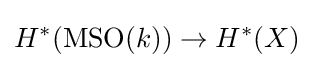
H^{\ast }(\mathrm {MSO} (k))\to H^{\ast }(X)